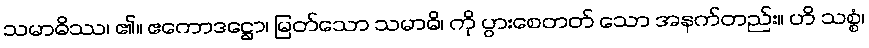
သမာဓိဿ၊ ၏။ ဧကောဒဋ္ဌော၊ မြတ်သော သမာဓိ၊ ကို ပွားစေတတ် သော အနက်တည်း။ ဟိ သစ္စံ၊